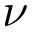
\nu